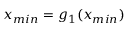
x _ { m i n } = g _ { 1 } ( x _ { m i n } )